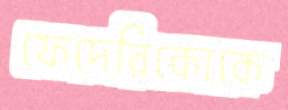
ফেদেরিকোকে